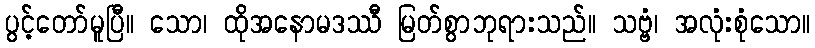
ပွင့်တော်မူပြီ။ သော၊ ထိုအနောမဒဿီ မြတ်စွာဘုရားသည်။ သဗ္ဗံ၊ အလုံးစုံသော။